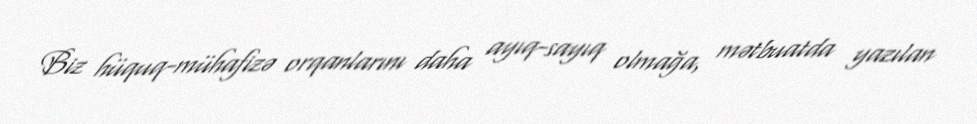
Biz hüquq-mühafizə orqanlarını daha ayıq-sayıq olmağa, mətbuatda yazılan